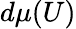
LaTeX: d\mu(U)